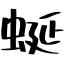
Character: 蜒